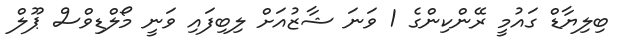
ބިލިޔާޑް ގައުމީ ރޭންކިންގެ 1 ވަނަ ޝާޒުއަށް ލިބިފައި ވަނީ މޯލްޑިވްސް ޕޫލް